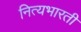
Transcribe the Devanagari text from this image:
नित्यभारती